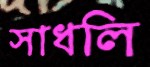
সাধলি